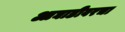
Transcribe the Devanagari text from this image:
आघाडीवरचा